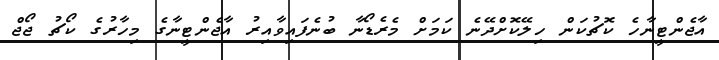
އާޖެންޓީނާހެ ކޮޗުކަން ހިލޭކޮށްދޭނެ ކަމަށް މެރެޑޯނާ ބުނެފައިވާއިރު އާޖެންޓީނާގެ މިހާރުގެ ކޯޗު ޖޯޖް